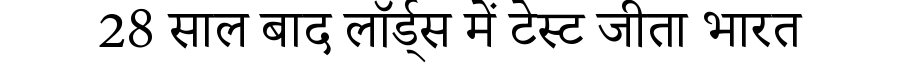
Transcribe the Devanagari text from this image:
28 साल बाद लॉर्ड्स में टेस्ट जीता भारत